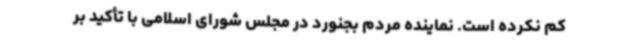
کم نکرده است. نماینده مردم بجنورد در مجلس شورای اسلامی با تأکید بر